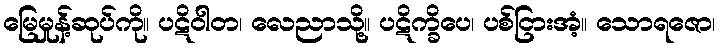
မြေမှုန့်ဆုပ်ကို။ ပဋိဝါတ၊ လေညာသို့။ ပဋိက္ခိပေ၊ ပစ်ငြားအံ့။ သောရဇော၊